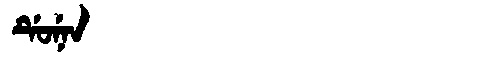
Manchu: ᡩᡠᠨᡝᠨ
Romanization: DUNEN